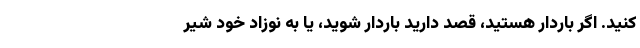
کنید. اگر باردار هستید، قصد دارید باردار شوید، یا به نوزاد خود شیر